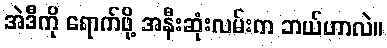
အဲဒီကို ရောက်ဖို့ အနီးဆုံးလမ်းက ဘယ်ဟာလဲ။